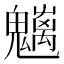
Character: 𩴭